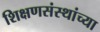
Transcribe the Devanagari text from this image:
शिक्षणसंस्थांच्या